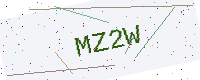
Text: MZ2W